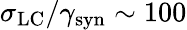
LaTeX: \sigma_{\mathrm{LC}}/\gamma_{\mathrm{syn}}\sim 100